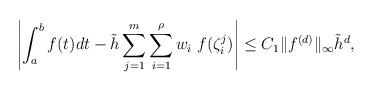
LaTeX: \begin{align*}\left | \int_a^b f (t) d t - \tilde h \sum_{j=1}^m \sum_{i=1}^\rho w_i \; f (\zeta_i^j ) \right | \leq C_1 \|f^{(d)} \|_\infty\tilde {h}^{d},\end{align*}